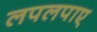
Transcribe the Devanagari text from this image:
लपलपाए